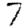
Digit: 7